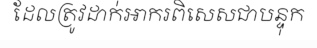
ដែលត្រូវដាក់អាករពិសេសជាបន្ទុក